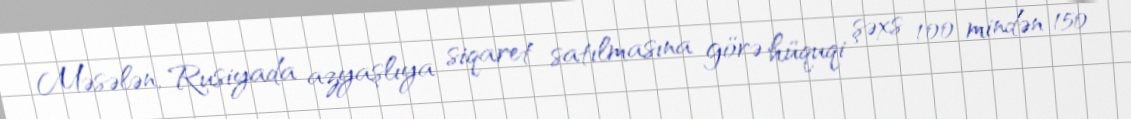
Məsələn, Rusiyada azyaşlıya siqaret satılmasına görə hüquqi şəxs 100 mindən 150